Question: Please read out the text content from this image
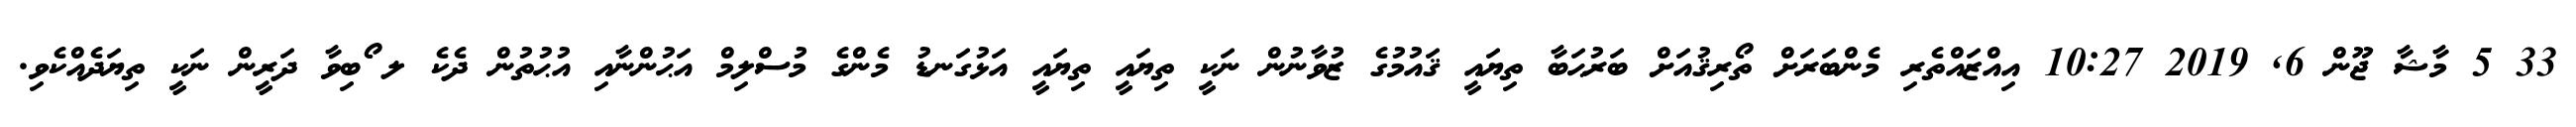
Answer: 33 5 މާޝާ ޖޫން 6, 2019 10:27 އިއްޒައްތެރި މެންބަރަށް ތޯރިޤުއަށް ބަރުޙަބާ ތިޔައީ ޤައުމުގެ ޒުވާނުން ނަކީ ތިޔައީ ތިޔައީ އަޅުގަނޑު މެންގެ މުސްލިމް އަޙުންނާއި އުޙުތުން ދެކެ ލ ޯބިވާ ދަރީން ނަކީ ތިޔަދެއްކެވި.